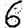
Digit: 6